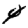
Digit: 4